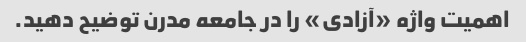
اهمیت واژه «آزادی» را در جامعه مدرن توضیح دهید.